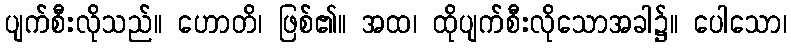
ပျက်စီးလိုသည်။ ဟောတိ၊ ဖြစ်၏။ အထ၊ ထိုပျက်စီးလိုသောအခါ၌။ ပေါသော၊